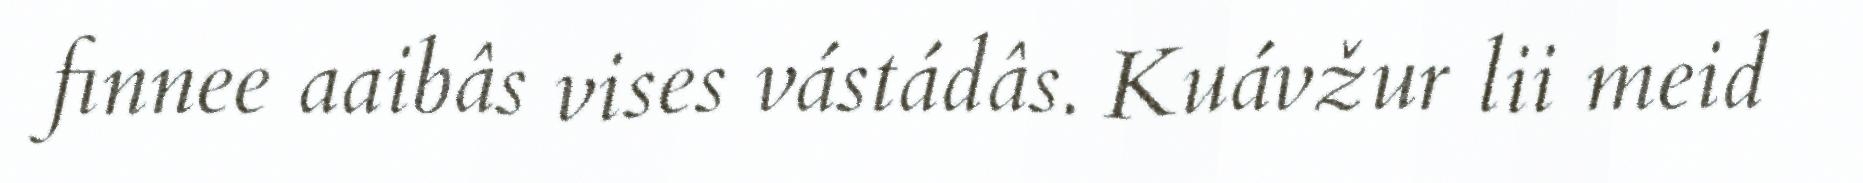
finnee aaibâs vises vástádâs. Kuávžur lii meid